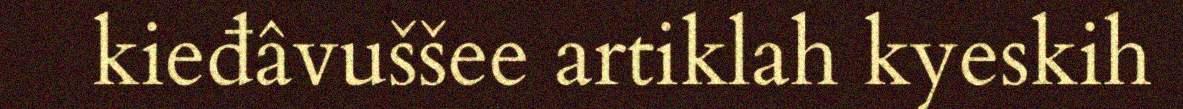
kieđâvuššee artiklah kyeskih